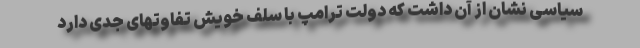
سیاسی نشان از آن داشت که دولت ترامپ با سلف خویش تفاوتهای جدی دارد